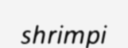
shrimpi